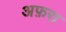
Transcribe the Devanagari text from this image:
अफ़रा